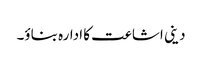
دینی اشاعت کا ادارہ بناؤ۔